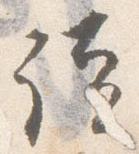
読